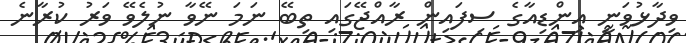
ވިދާޅުވަނީ އިންޑިއާގެ ސިފައިން ރާއްޖޭގައި ތިބޭ ނަމަ ނޭވާ ނުލެވޭ ވަރު ކުރާނެ